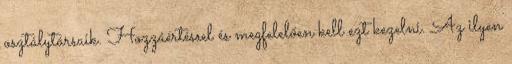
osztálytársaik. Hozzáértéssel és megfelelően kell ezt kezelni. Az ilyen